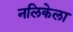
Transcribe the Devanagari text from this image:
नलिकेला